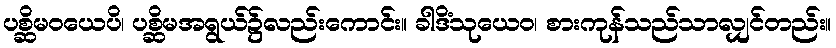
ပစ္ဆိမဝယေပိ၊ ပစ္ဆိမအရွယ်၌လည်းကောင်း။ ခါဒိံသုယေဝ၊ စားကုန်သည်သာလျှင်တည်း။